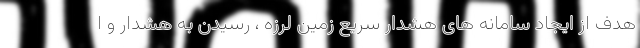
هدف از ایجاد سامانه های هشدار سریع زمین لرزه ، رسیدن به هشدار و ا